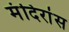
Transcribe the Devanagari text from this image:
मंदिरांस